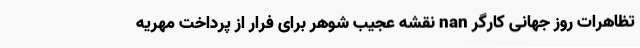
تظاهرات روز جهانی کارگر nan نقشه عجیب شوهر برای فرار از پرداخت مهریه